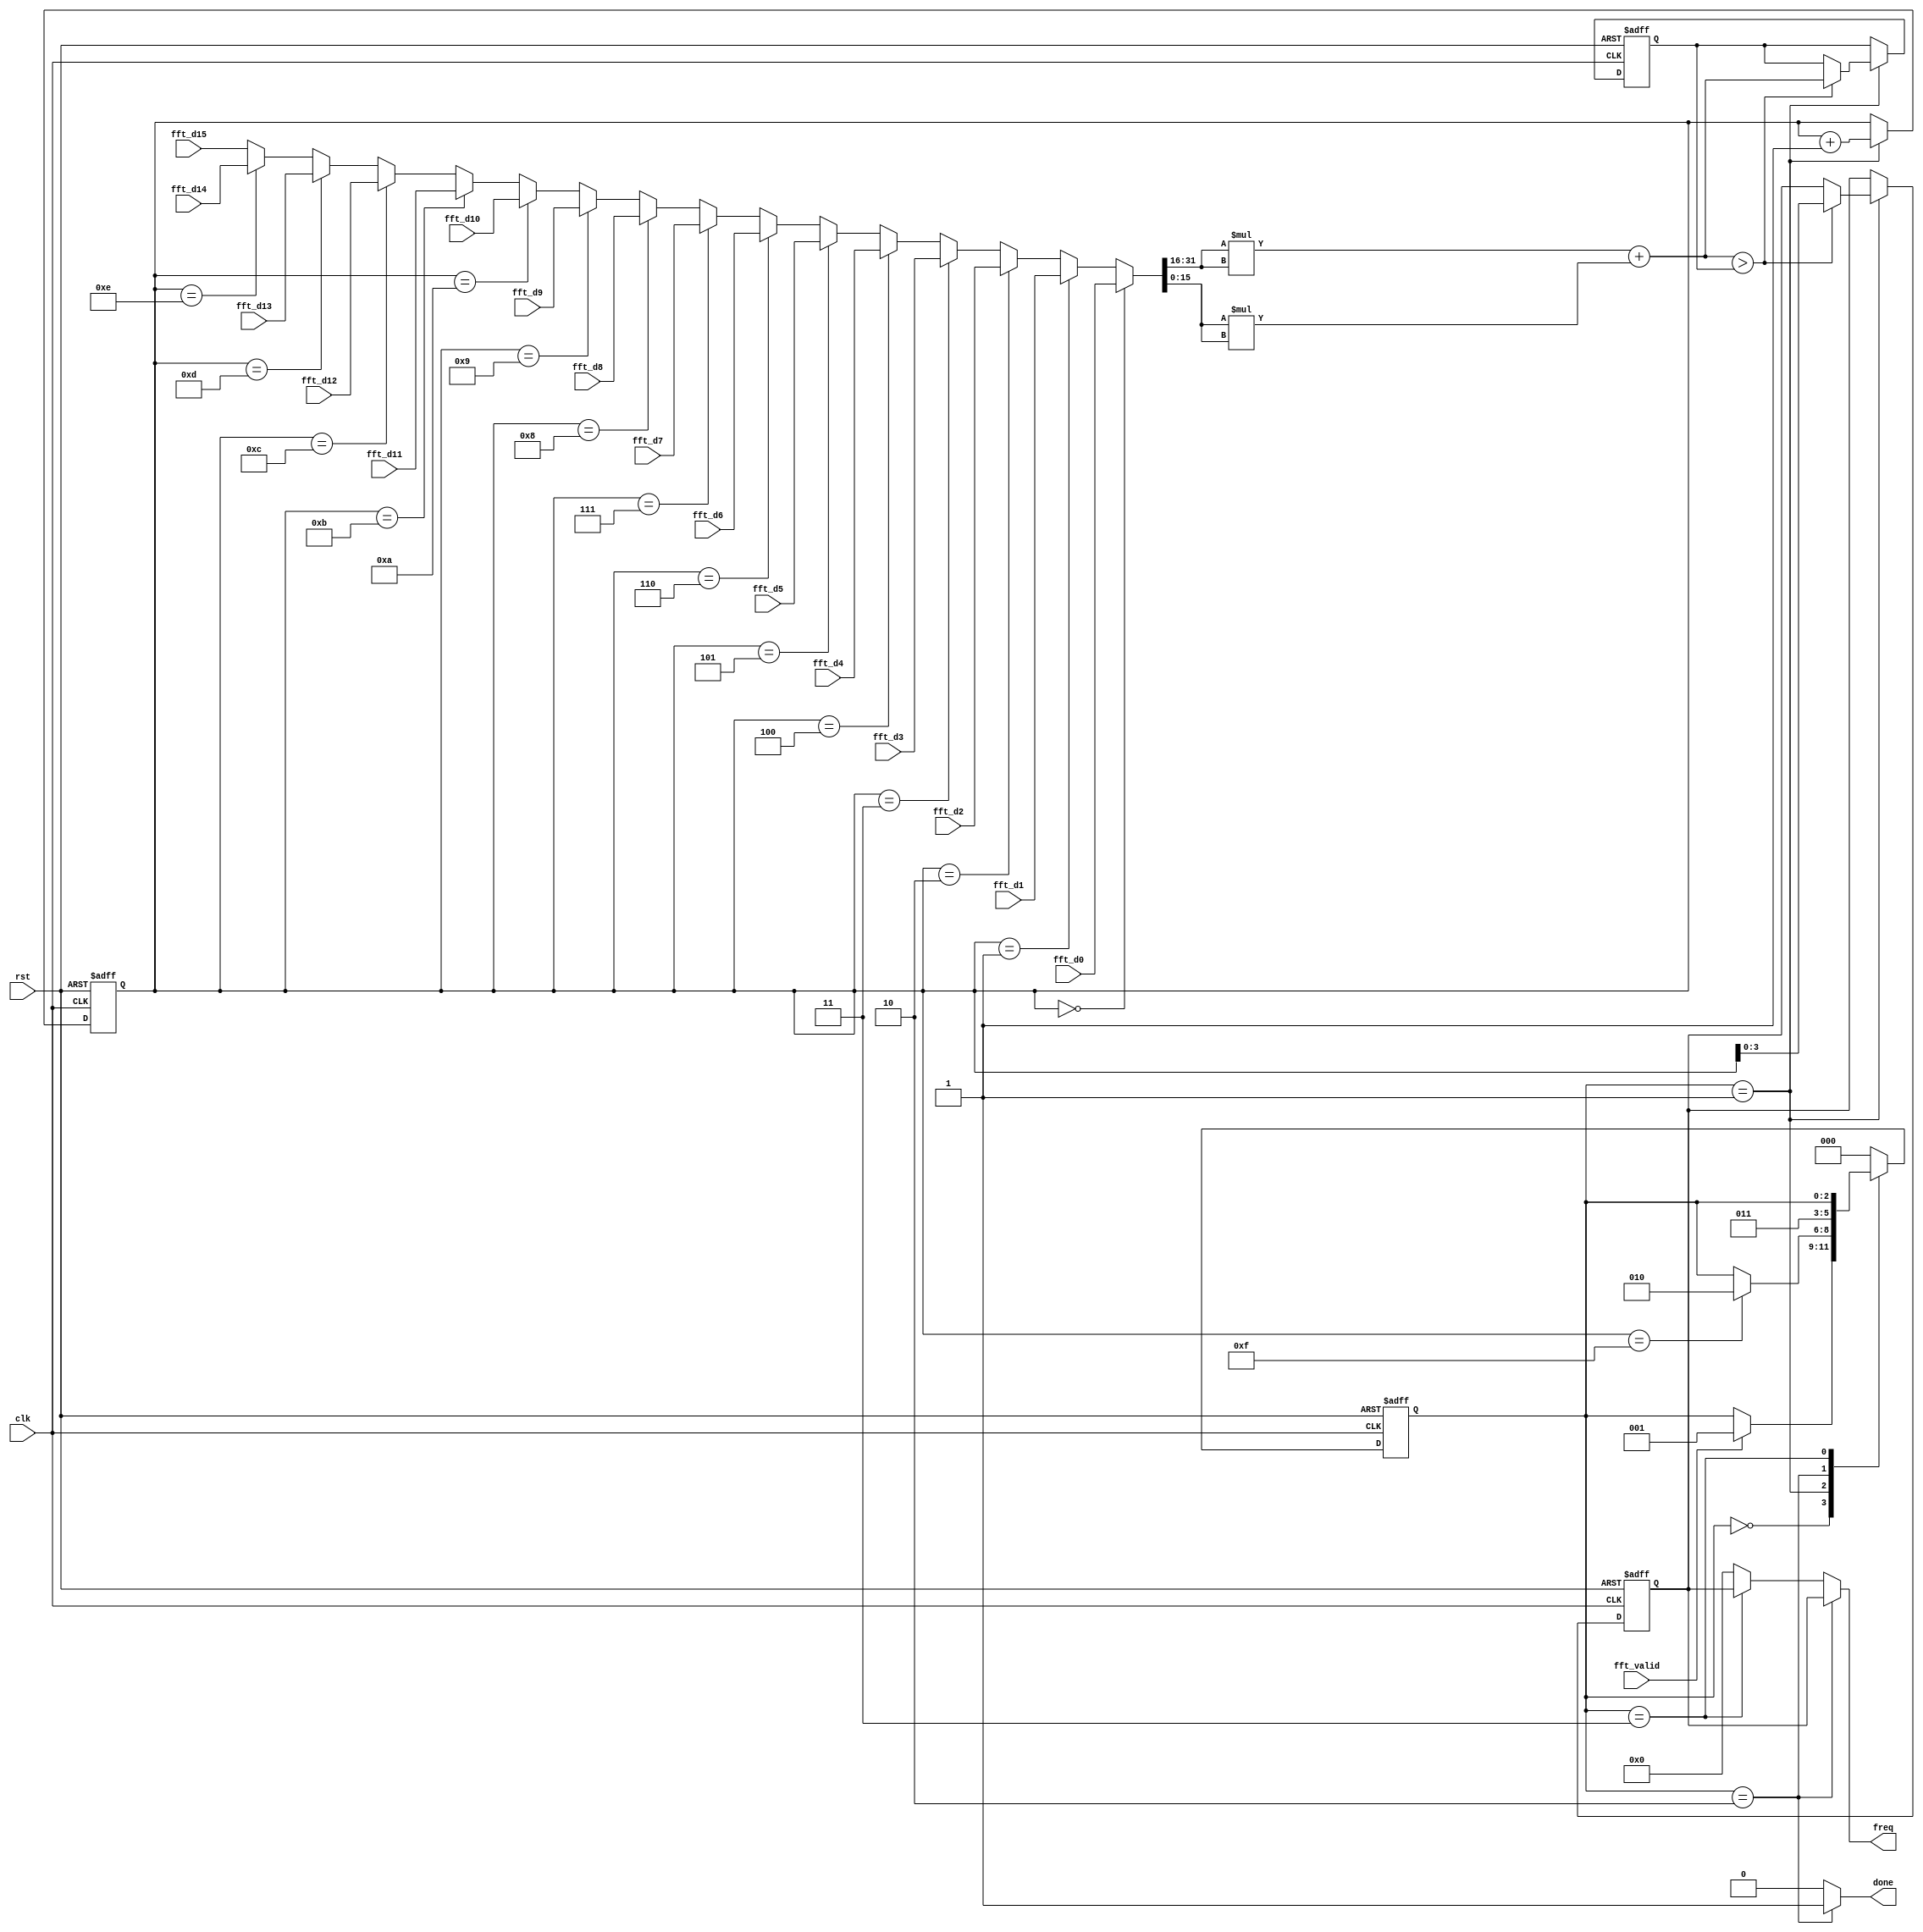
`define IDLE	3'd0
`define SORT	3'd1
`define OUT		3'd2
`define REST	3'd3


module analysis	(clk, rst, fft_valid,
				fft_d1, fft_d2, fft_d3, fft_d4, fft_d5, fft_d6, fft_d7, fft_d8,
				fft_d9, fft_d10, fft_d11, fft_d12, fft_d13, fft_d14, fft_d15, fft_d0,
				freq, done);

	input clk;
	input rst;
	input fft_valid;
	input [31:0] fft_d1, fft_d2, fft_d3, fft_d4, fft_d5, fft_d6, fft_d7, fft_d8;
	input [31:0] fft_d9, fft_d10, fft_d11, fft_d12, fft_d13, fft_d14, fft_d15, fft_d0;
	
	output reg [3:0] freq;
	output reg done;

reg [2:0] c_state, n_state;
reg [7:0] counter;
reg [3:0] max_idx;
reg signed [31:0] max_value;
wire [31:0] current_value;
wire signed [31:0] current_value_mux;


// FSM
always@(posedge clk, posedge rst) begin
	if(rst) begin
		c_state <= `IDLE;
	end
	else begin
		c_state <= n_state;
	end
end

always@(*) begin
	case(c_state)
		`IDLE: begin
			if(fft_valid)
				n_state = `SORT;
			else
				n_state = c_state;
		end
		`SORT: begin
			if(counter == 12'd15)
				n_state = `OUT;
			else
				n_state = c_state;
		end
		`OUT: begin
			n_state = `REST;
		end
		`REST: begin
			n_state = c_state;
		end
		default: begin
			n_state = `IDLE;
		end
	endcase
end

always@(posedge clk, posedge rst) begin
	if(rst) begin
		counter <= 8'b0;
	end
	else begin
		if(c_state == `SORT) begin
			counter <= counter+1;
		end
	end
end



// SORTING~~~
assign current_value = 	(counter == 8'd0) ? fft_d0:
						(counter == 8'd1) ? fft_d1:
						(counter == 8'd2) ? fft_d2:
						(counter == 8'd3) ? fft_d3:
						(counter == 8'd4) ? fft_d4:
						(counter == 8'd5) ? fft_d5:
						(counter == 8'd6) ? fft_d6:
						(counter == 8'd7) ? fft_d7:
						(counter == 8'd8) ? fft_d8:
						(counter == 8'd9) ? fft_d9:
						(counter == 8'd10) ? fft_d10:
						(counter == 8'd11) ? fft_d11:
						(counter == 8'd12) ? fft_d12:
						(counter == 8'd13) ? fft_d13:
						(counter == 8'd14) ? fft_d14:
						fft_d15;
assign current_value_mux = (current_value[31:16]*current_value[31:16]) + (current_value[15:0]*current_value[15:0]);

always@(posedge clk, posedge rst) begin
	if(rst) begin
		max_idx <= 4'd0;
		max_value <= 32'hffff_ffff;
	end
	else begin
		if(c_state == `SORT) begin
			if(current_value_mux > max_value) begin
				max_idx <= counter[3:0];
				max_value <= current_value_mux;
			end
		end
	end
end

always@(*) begin
	if(c_state == `OUT) begin
		freq = max_idx;
		done = 1'd1;
	end
	else if(c_state == `REST) begin
		freq = max_idx;
		done = 1'd0;
	end
	else begin
		freq = 4'b0;
		done = 1'b0;
	end
end


endmodule